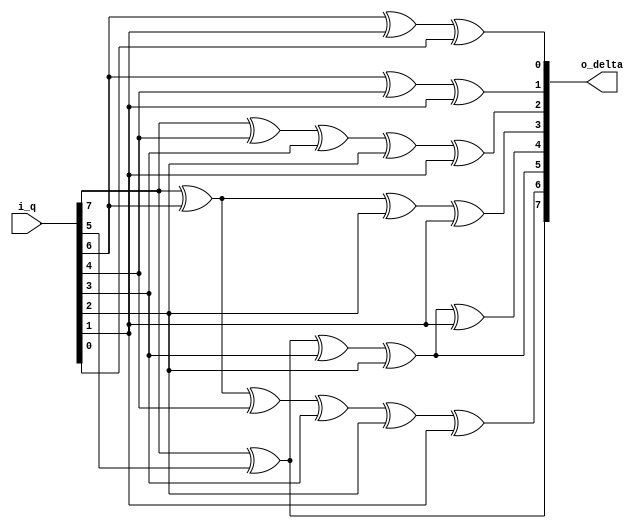
module byte_isomorphic_mapping
#(
	// PARAMETERS
	parameter 							NB_DATA = 8			// [HINT] Works only if value is 8
)
(
	// OUTPUTS.
	output	wire	[ NB_DATA-1	: 0 ]	o_delta	,
	// INPUTS.
	input	wire	[ NB_DATA-1	: 0 ]	i_q
) ;

	// QUICK_INSTANCE: BEGIN
	/*
	byte_isomorphic_mapping
	#(
		.NB_DATA			(  )	// [HINT] Works only if value is 8
	)
	u_byte_isomorphic_mapping
	(
		.o_delta			(  )	,
		.i_q				(  )
	) ;
	*/ // QUICK_INSTANCE: END

	// ALGORITHM BEGIN.
	assign o_delta[7]
		= i_q[7] ^ 				i_q[5] 																;
	
	assign o_delta[6]
		= i_q[7] ^	i_q[6] ^				i_q[4] ^ 	i_q[3] ^ 	i_q[2] ^ 	i_q[1]				;
	
	assign o_delta[5]
		= i_q[7] ^ 				i_q[5] ^ 				i_q[3] ^ 	i_q[2] 							;
	
	assign o_delta[4]
		= i_q[7] ^ 				i_q[5] ^ 				i_q[3] ^ 	i_q[2] ^ 	i_q[1] 				;
	
	assign o_delta[3]
		= i_q[7] ^ 	i_q[6] ^ 										i_q[2] ^ 	i_q[1] 				;
	
	assign o_delta[2]
		= i_q[7] ^ 							i_q[4] ^ 	i_q[3] ^ 	i_q[2] ^ 	i_q[1] 				;
	
	assign o_delta[1]
		= 			i_q[6] ^ 				i_q[4] ^ 							i_q[1] 				;
	
	assign o_delta[0]
		= 			i_q[6] ^ 													i_q[1] ^ 	i_q[0] 	;

endmodule // byte_isomorphic_mapping